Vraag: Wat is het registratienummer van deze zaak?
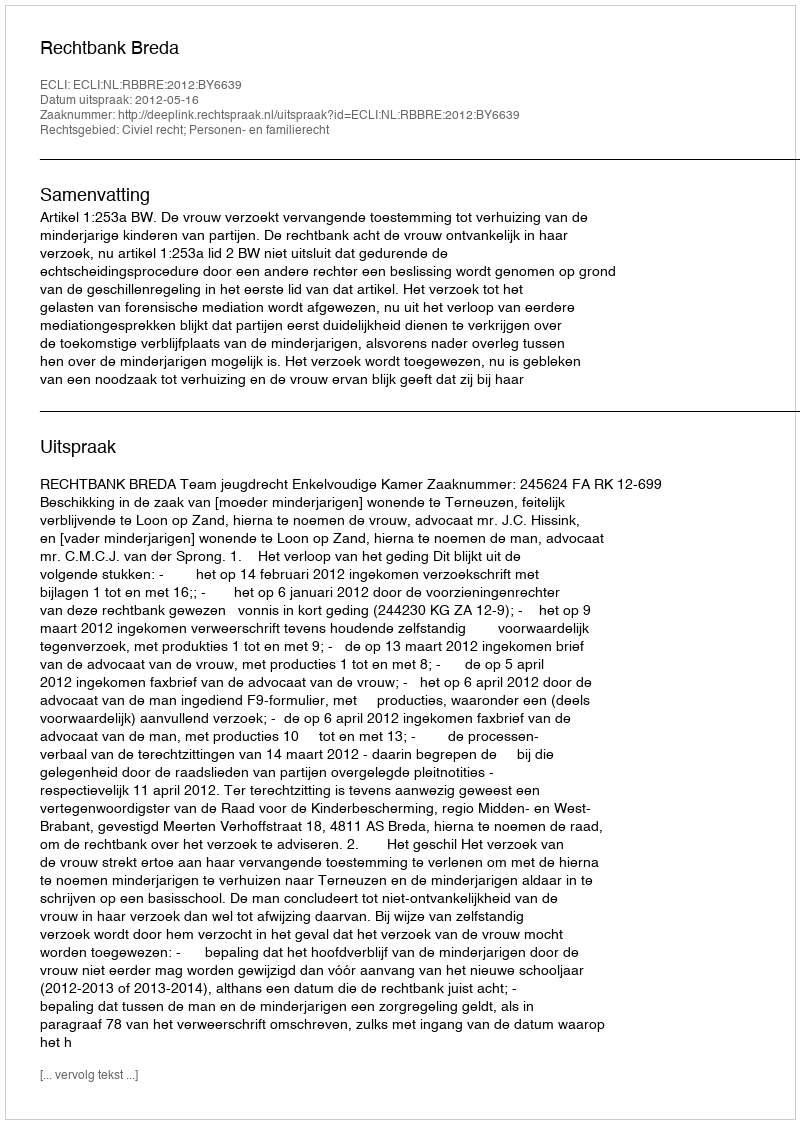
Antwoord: http://deeplink.rechtspraak.nl/uitspraak?id=ECLI:NL:RBBRE:2012:BY6639